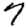
Digit: 7